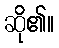
ဆို၏။